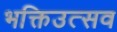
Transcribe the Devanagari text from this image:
भक्तिउत्सव